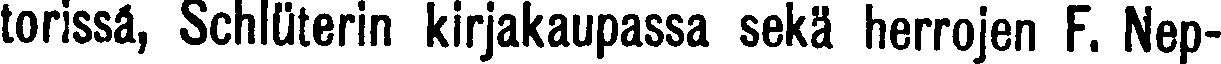
torissa, Schluterin kirjakaupassa sekä herrojen F. Nep-